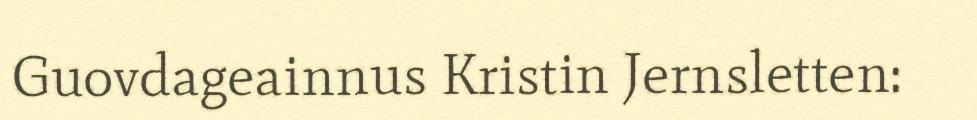
Guovdageainnus Kristin Jernsletten: